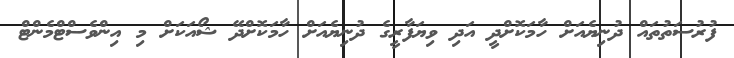
ފުރުސަތުތައް ދުނިޔެއަށް ހާމަކޮށްދީ އަދި ވިޔަފާރީގެ ދުނިޔެއަށް ހާމަކޮށްދޭ ޝޯއަކަށް މި އިންވެސްޓްމެންޓް